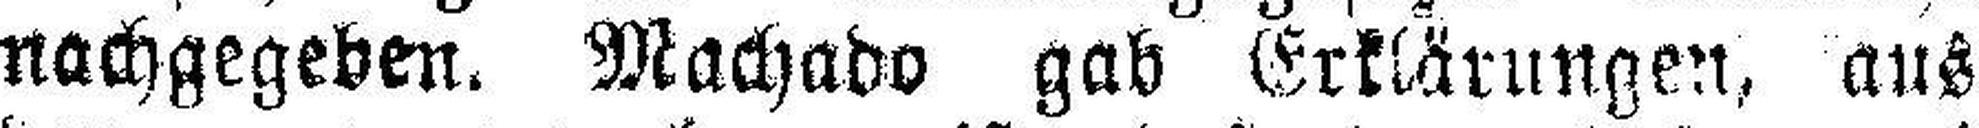
nachgegeben. Machado gab Erklärungen, aus